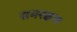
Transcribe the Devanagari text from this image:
समरक्षण